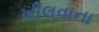
ખીલવાના